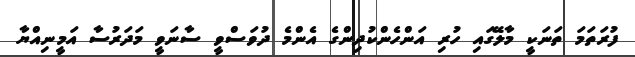
ފުރަތަމަ ތަނަކީ މާލޭގައި ހުރި އަންހެންކުދިންގެ އެންމެ ދުވަސްވީ ސާނަވީ މަދަރުސާ އަމީނިއްޔާ